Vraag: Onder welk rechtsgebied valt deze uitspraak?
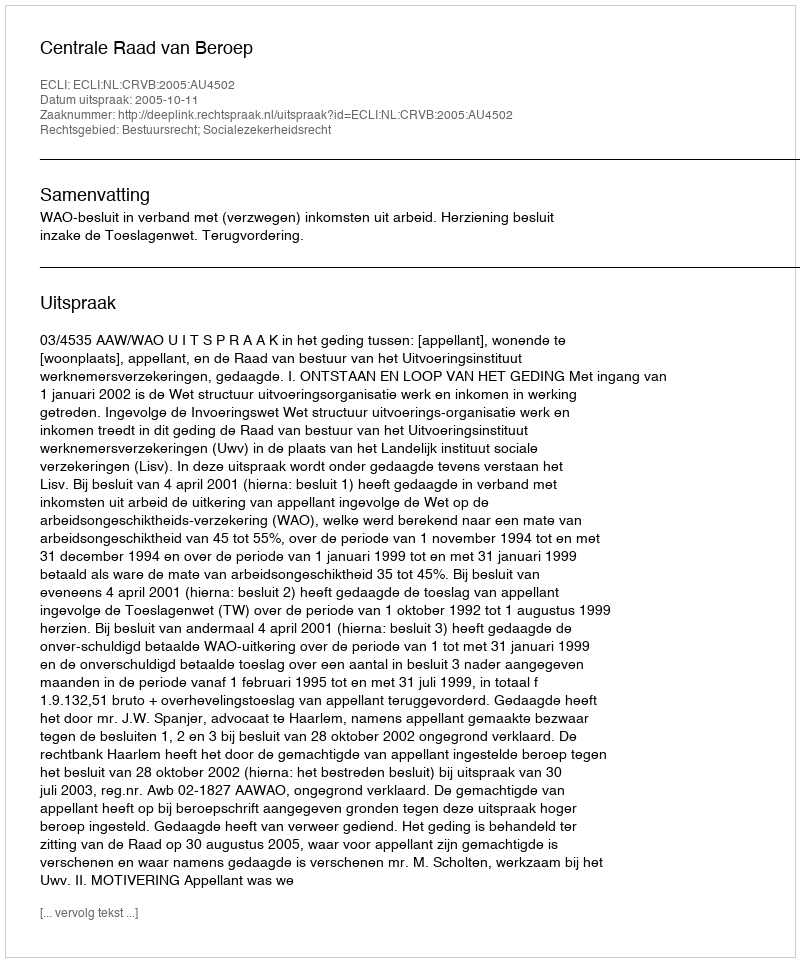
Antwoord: Bestuursrecht; Socialezekerheidsrecht